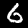
Digit: 6